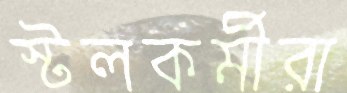
স্টলকর্মীরা